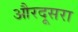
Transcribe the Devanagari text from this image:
औरदूसरा